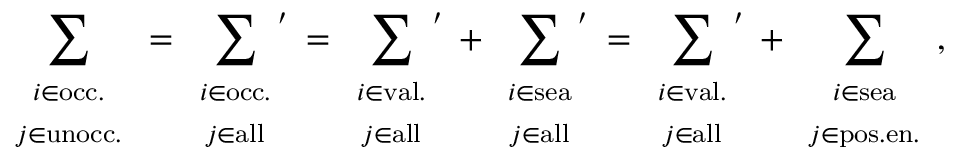
\sum _ { \begin{array} { c } { { \scriptstyle i \in \mathrm { o c c . } } } \\ { { \scriptstyle j \in \mathrm { u n o c c . } } } \end{array} } = \sum _ { \begin{array} { c } { { \scriptstyle i \in \mathrm { o c c . } } } \\ { { \scriptstyle j \in \mathrm { a l l } } } \end{array} } \! \! \! { } ^ { ' } \, = \sum _ { \begin{array} { c } { { \scriptstyle i \in \mathrm { v a l . } } } \\ { { \scriptstyle j \in \mathrm { a l l } } } \end{array} } \! \! \! { } ^ { ' } \, + \sum _ { \begin{array} { c } { { \scriptstyle i \in \mathrm { s e a } } } \\ { { \scriptstyle j \in \mathrm { a l l } } } \end{array} } \! \! \! { } ^ { ' } \, = \sum _ { \begin{array} { c } { { \scriptstyle i \in \mathrm { v a l . } } } \\ { { \scriptstyle j \in \mathrm { a l l } } } \end{array} } \! \! \! { } ^ { ' } \, + \sum _ { \begin{array} { c } { { \scriptstyle i \in \mathrm { s e a } } } \\ { { \scriptstyle j \in \mathrm { p o s . e n . } } } \end{array} } ,